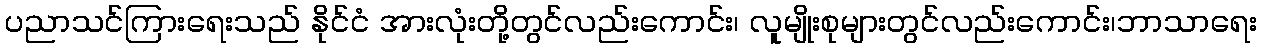
ပညာသင်ကြားရေးသည် နိုင်ငံ အားလုံးတို့တွင်လည်းကောင်း၊ လူမျိုးစုများတွင်လည်းကောင်း၊ဘာသာရေး